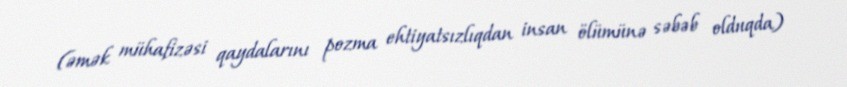
(əmək mühafizəsi qaydalarını pozma ehtiyatsızlıqdan insan ölümünə səbəb olduqda)